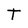
Character: t